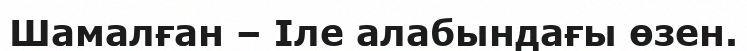
Шамалған – Іле алабындағы өзен.